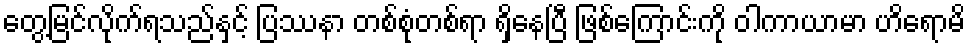
တွေ့မြင်လိုက်ရသည်နှင့် ပြဿနာ တစ်စုံတစ်ရာ ရှိနေပြီ ဖြစ်ကြောင်းကို ဝါကာယာမာ ဟိရောမိ